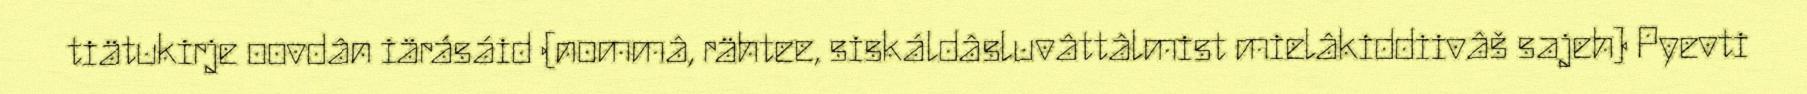
tiätukirje oovdân iärásáid (nommâ, rähtee, siskáldâsluvâttâlmist mielâkiddiivâš sajeh) Pyevti